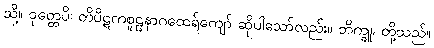
သို့။ ဝုတ္တေပိ၊ တိပိဋကစူဠနာဂထေရ်ကျော် ဆိုပါသော်လည်း။ ဘိက္ခူ၊ တို့သည်။